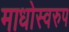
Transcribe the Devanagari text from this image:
माधोस्वरुप